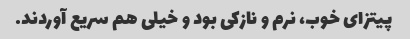
پیتزای خوب، نرم و نازکی بود و خیلی هم سریع آوردند.